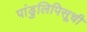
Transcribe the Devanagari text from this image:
पांडुलिपिसूची